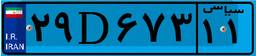
۷۰D۸۹۷۹۵